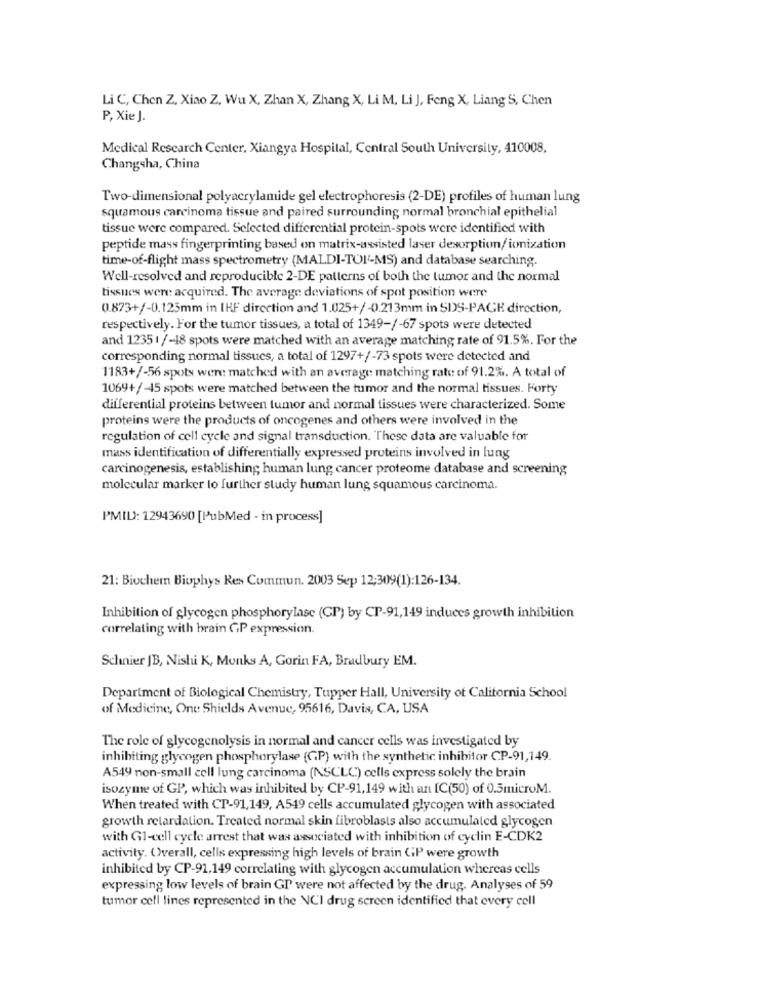
Li C, Chen Z, Xiao Z, Wu X, Zhan X, Zhang X, Li M, Li J, Feng X, Liang S, Chen
P, Xie J.
Medical Research Center, Xiangya Hospital, Central South University, 410008,
Changsha, China
Two-dimensional polyacrylamide gel electrophoresis (2-DE) profiles of human lung
squamous carcinoma tissue and paired surrounding normal bronchial epithelial
tissue were compared. Selected differential protein-spots were identified with
peptide mass fingerprinting based on matrix-assisted laser desorption/ionization
time-of-flight mass spectrometry (MALDI-TOI'-MS) and database searching.
Well-resolved and reproducible 2-DE patterns of both the tumor and the normal
tissues were acquired. The average deviations of spot position were
0.873+/-0.125mm in IHF direction and 1.025+/-0.213mm in SDS-PAGE direction,
respectively. For the tumor tissues, a total of 1349-/-67 spots were detected
and 1235 1 /-18 spots were matched with an average matching rate of 91.5%. For the
corresponding normal tissues, a total of 1297+/-73 spots were detected and
1183+/-56 spots were matched with an average matching rate of 91.2%. A total of
1069+/-45 spots were matched between the tumor and the normal tissues. Forty
differential proteins between tumor and normal tissues were characterized. Some
proteins were the products of oncogenes and others were involved in the
regulation of cell cycle and signal transduction. These data are valuable for
mass identification of differentially expressed proteins involved in lung
carcinogenesis, establishing human lung cancer proteome database and screening
molecular marker lo further study human lung squamous carcinoma.
PMID: 12943690 [PubMed - in process]
21: Biochem Biophys Res Commun. 2003 Sep 12;309(1):126-134.
Inhibition of glycogen phosphorylase (CP) by CP-91,149 induces growth inhibition
correlating with brain GP expression.
Schnier JB, Nishi K, Monks A, Gorin FA, Bradbury EM.
Department of Biological Chemistry, Tupper Hall, University of California School
of Medicine, Ont Shields Avenue, 95616, Davis, CA, USA
The role of glycogenolysis in normal and cancer cells was investigated by
inhibiting glycogen phosphorylase (GP) with the synthetic inhibitor CP-91,149.
A549 non-small cell lung carcinoma (NSCLC) cells express solely the brain
isozyme of GP, which was inhibited by CP-91,149 with an [C(50) of 0.5microM.
When treated with CP-91,149, A549 cells accumulated glycogen with associated
growth retardation. Treated normal skin fibroblasts also accumulated glycogen
with G1-cell cycle arrest that was associated with inhibition of cyclin E-CDK2
activity. Overall, cells expressing high levels of brain GiP were growth
inhibited by CP-91,149 correlating with glycogen accumulation whereas cells
expressing low levels of brain GP were not affected by the drug. Analyses of 59
tumor cell lines represented in the NCI drug screen identified that every cell